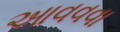
આવવવા